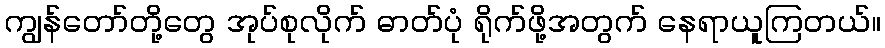
ကျွန်တော်တို့တွေ အုပ်စုလိုက် ဓာတ်ပုံ ရိုက်ဖို့အတွက် နေရာယူကြတယ်။